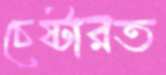
চেষ্টারত